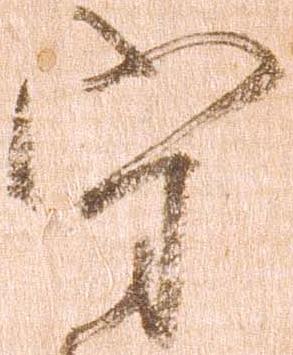
守